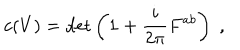
LaTeX: c ( V ) = \det \left( { \bf 1 } + \frac { i } { 2 \pi } F ^ { a b } \right) \; ,